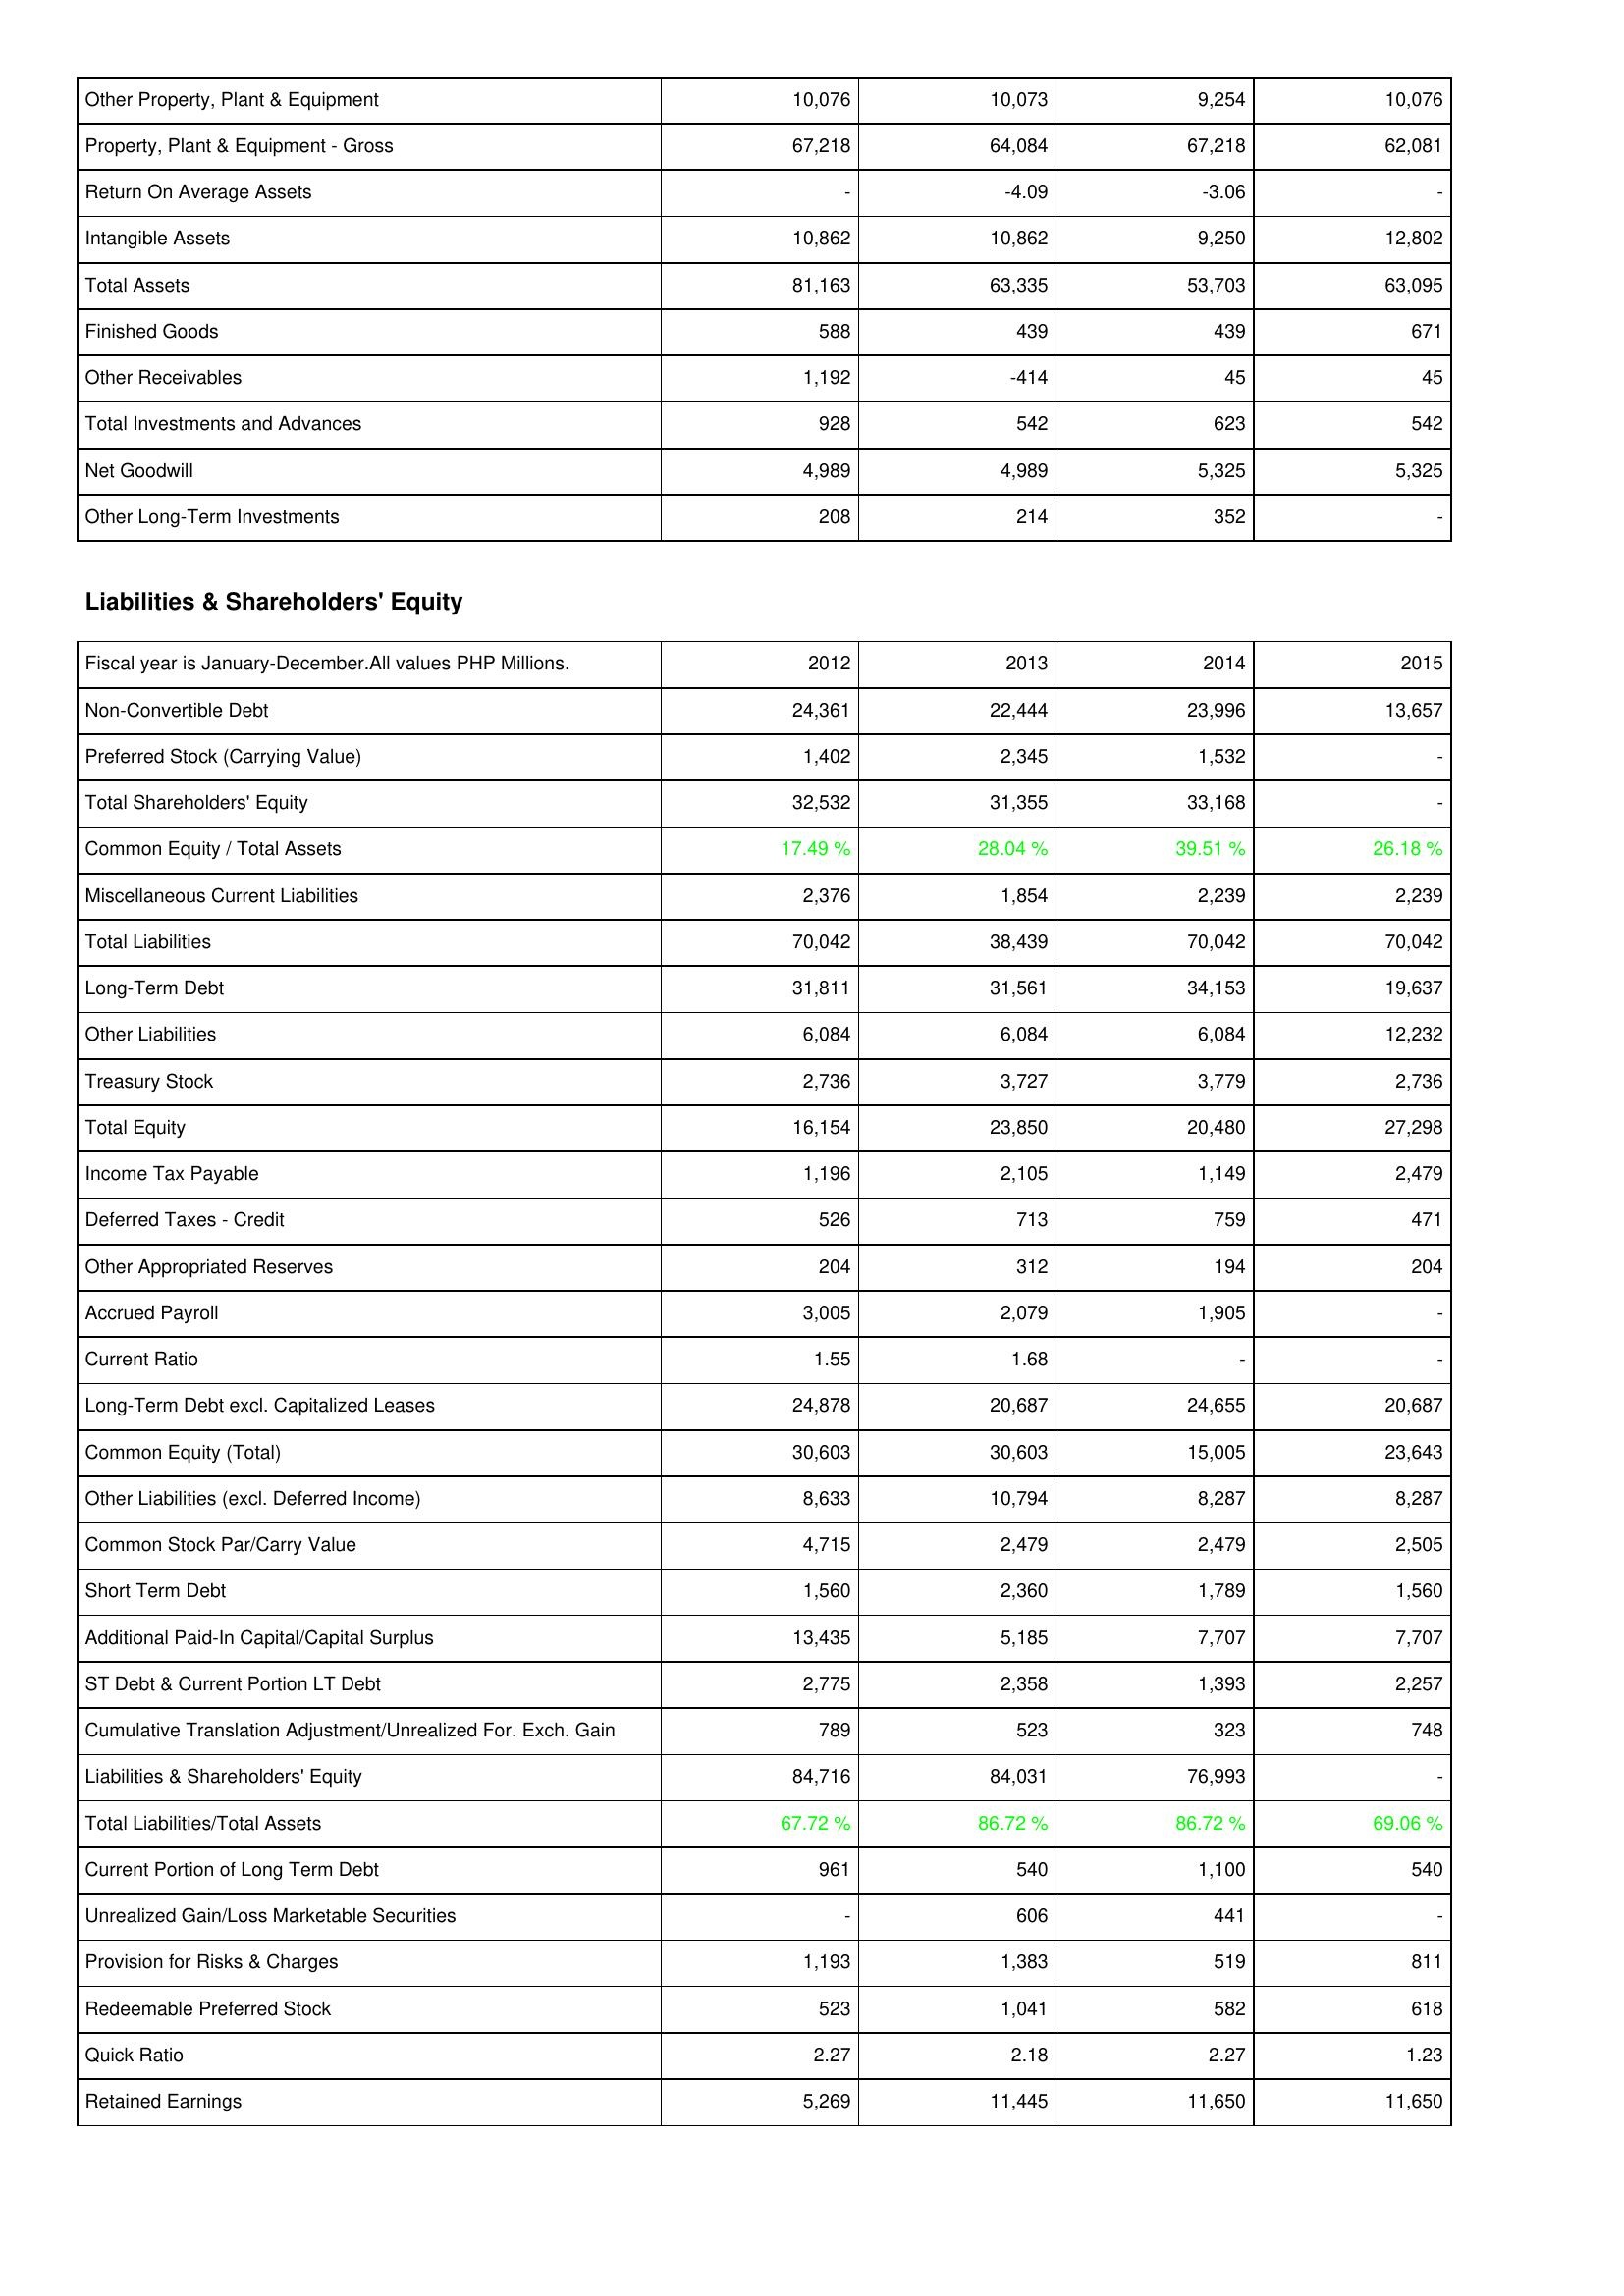
2012: Assets: Other Property, Plant & Equipment: 10,076
Property, Plant & Equipment - Gross: 67,218
Return On Average Assets: -
Intangible Assets: 10,862
Total Assets: 81,163
Finished Goods: 588
Other Receivables: 1,192
Total Investments and Advances: 928
Net Goodwill: 4,989
Other Long-Term Investments: 208
Liabilities & Shareholders' Equity: Non-Convertible Debt: 24,361
Preferred Stock (Carrying Value): 1,402
Total Shareholders' Equity: 32,532
Common Equity / Total Assets: 17.49 %
Miscellaneous Current Liabilities: 2,376
Total Liabilities: 70,042
Long-Term Debt: 31,811
Other Liabilities: 6,084
Treasury Stock: 2,736
Total Equity: 16,154
Income Tax Payable: 1,196
Deferred Taxes - Credit: 526
Other Appropriated Reserves: 204
Accrued Payroll: 3,005
Current Ratio: 1.55
Long-Term Debt excl. Capitalized Leases: 24,878
Common Equity (Total): 30,603
Other Liabilities (excl. Deferred Income): 8,633
Common Stock Par/Carry Value: 4,715
Short Term Debt: 1,560
Additional Paid-In Capital/Capital Surplus: 13,435
ST Debt & Current Portion LT Debt: 2,775
Cumulative Translation Adjustment/Unrealized For. Exch. Gain: 789
Liabilities & Shareholders' Equity: 84,716
Total Liabilities/Total Assets: 67.72 %
Current Portion of Long Term Debt: 961
Unrealized Gain/Loss Marketable Securities: -
Provision for Risks & Charges: 1,193
Redeemable Preferred Stock: 523
Quick Ratio: 2.27
Retained Earnings: 5,269
2013: Assets: Other Property, Plant & Equipment: 10,073
Property, Plant & Equipment - Gross: 64,084
Return On Average Assets: -4.09
Intangible Assets: 10,862
Total Assets: 63,335
Finished Goods: 439
Other Receivables: -414
Total Investments and Advances: 542
Net Goodwill: 4,989
Other Long-Term Investments: 214
Liabilities & Shareholders' Equity: Non-Convertible Debt: 22,444
Preferred Stock (Carrying Value): 2,345
Total Shareholders' Equity: 31,355
Common Equity / Total Assets: 28.04 %
Miscellaneous Current Liabilities: 1,854
Total Liabilities: 38,439
Long-Term Debt: 31,561
Other Liabilities: 6,084
Treasury Stock: 3,727
Total Equity: 23,850
Income Tax Payable: 2,105
Deferred Taxes - Credit: 713
Other Appropriated Reserves: 312
Accrued Payroll: 2,079
Current Ratio: 1.68
Long-Term Debt excl. Capitalized Leases: 20,687
Common Equity (Total): 30,603
Other Liabilities (excl. Deferred Income): 10,794
Common Stock Par/Carry Value: 2,479
Short Term Debt: 2,360
Additional Paid-In Capital/Capital Surplus: 5,185
ST Debt & Current Portion LT Debt: 2,358
Cumulative Translation Adjustment/Unrealized For. Exch. Gain: 523
Liabilities & Shareholders' Equity: 84,031
Total Liabilities/Total Assets: 86.72 %
Current Portion of Long Term Debt: 540
Unrealized Gain/Loss Marketable Securities: 606
Provision for Risks & Charges: 1,383
Redeemable Preferred Stock: 1,041
Quick Ratio: 2.18
Retained Earnings: 11,445
2014: Assets: Other Property, Plant & Equipment: 9,254
Property, Plant & Equipment - Gross: 67,218
Return On Average Assets: -3.06
Intangible Assets: 9,250
Total Assets: 53,703
Finished Goods: 439
Other Receivables: 45
Total Investments and Advances: 623
Net Goodwill: 5,325
Other Long-Term Investments: 352
Liabilities & Shareholders' Equity: Non-Convertible Debt: 23,996
Preferred Stock (Carrying Value): 1,532
Total Shareholders' Equity: 33,168
Common Equity / Total Assets: 39.51 %
Miscellaneous Current Liabilities: 2,239
Total Liabilities: 70,042
Long-Term Debt: 34,153
Other Liabilities: 6,084
Treasury Stock: 3,779
Total Equity: 20,480
Income Tax Payable: 1,149
Deferred Taxes - Credit: 759
Other Appropriated Reserves: 194
Accrued Payroll: 1,905
Current Ratio: -
Long-Term Debt excl. Capitalized Leases: 24,655
Common Equity (Total): 15,005
Other Liabilities (excl. Deferred Income): 8,287
Common Stock Par/Carry Value: 2,479
Short Term Debt: 1,789
Additional Paid-In Capital/Capital Surplus: 7,707
ST Debt & Current Portion LT Debt: 1,393
Cumulative Translation Adjustment/Unrealized For. Exch. Gain: 323
Liabilities & Shareholders' Equity: 76,993
Total Liabilities/Total Assets: 86.72 %
Current Portion of Long Term Debt: 1,100
Unrealized Gain/Loss Marketable Securities: 441
Provision for Risks & Charges: 519
Redeemable Preferred Stock: 582
Quick Ratio: 2.27
Retained Earnings: 11,650
2015: Assets: Other Property, Plant & Equipment: 10,076
Property, Plant & Equipment - Gross: 62,081
Return On Average Assets: -
Intangible Assets: 12,802
Total Assets: 63,095
Finished Goods: 671
Other Receivables: 45
Total Investments and Advances: 542
Net Goodwill: 5,325
Other Long-Term Investments: -
Liabilities & Shareholders' Equity: Non-Convertible Debt: 13,657
Preferred Stock (Carrying Value): -
Total Shareholders' Equity: -
Common Equity / Total Assets: 26.18 %
Miscellaneous Current Liabilities: 2,239
Total Liabilities: 70,042
Long-Term Debt: 19,637
Other Liabilities: 12,232
Treasury Stock: 2,736
Total Equity: 27,298
Income Tax Payable: 2,479
Deferred Taxes - Credit: 471
Other Appropriated Reserves: 204
Accrued Payroll: -
Current Ratio: -
Long-Term Debt excl. Capitalized Leases: 20,687
Common Equity (Total): 23,643
Other Liabilities (excl. Deferred Income): 8,287
Common Stock Par/Carry Value: 2,505
Short Term Debt: 1,560
Additional Paid-In Capital/Capital Surplus: 7,707
ST Debt & Current Portion LT Debt: 2,257
Cumulative Translation Adjustment/Unrealized For. Exch. Gain: 748
Liabilities & Shareholders' Equity: -
Total Liabilities/Total Assets: 69.06 %
Current Portion of Long Term Debt: 540
Unrealized Gain/Loss Marketable Securities: -
Provision for Risks & Charges: 811
Redeemable Preferred Stock: 618
Quick Ratio: 1.23
Retained Earnings: 11,650